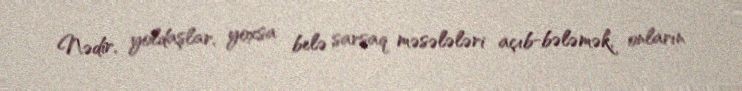
Nədir, yoldaşlar, yoxsa belə sarsaq məsələləri açıb-bələmək, onların